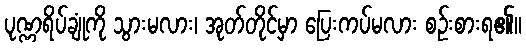
ပုဏ္ဏရိပ်ချုံကို သွားမလား၊ အုတ်တိုင်မှာ ပြေးကပ်မလား စဉ်းစားရ၏။